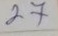
27